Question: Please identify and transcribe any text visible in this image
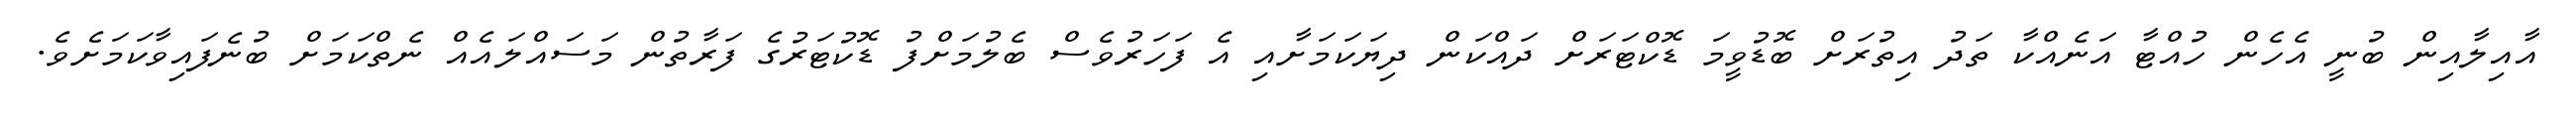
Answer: އާއިލާއިން ބުނީ އެހެން ހުއްޓާ އަނެއްކާ ތަދު އިތުރަށް ބޮޑުވީމަ ޑޮކްޓަރަށް ދައްކަން ދިޔަކަމަށާއި އެ ފަހަރުވެސް ބެލުމަށްފު ޑޮކުޓަރުގެ ފަރާތުން މަސައްލައެއް ނެތްކަމަށް ބުނެފައިވާކަމަށެވެ.